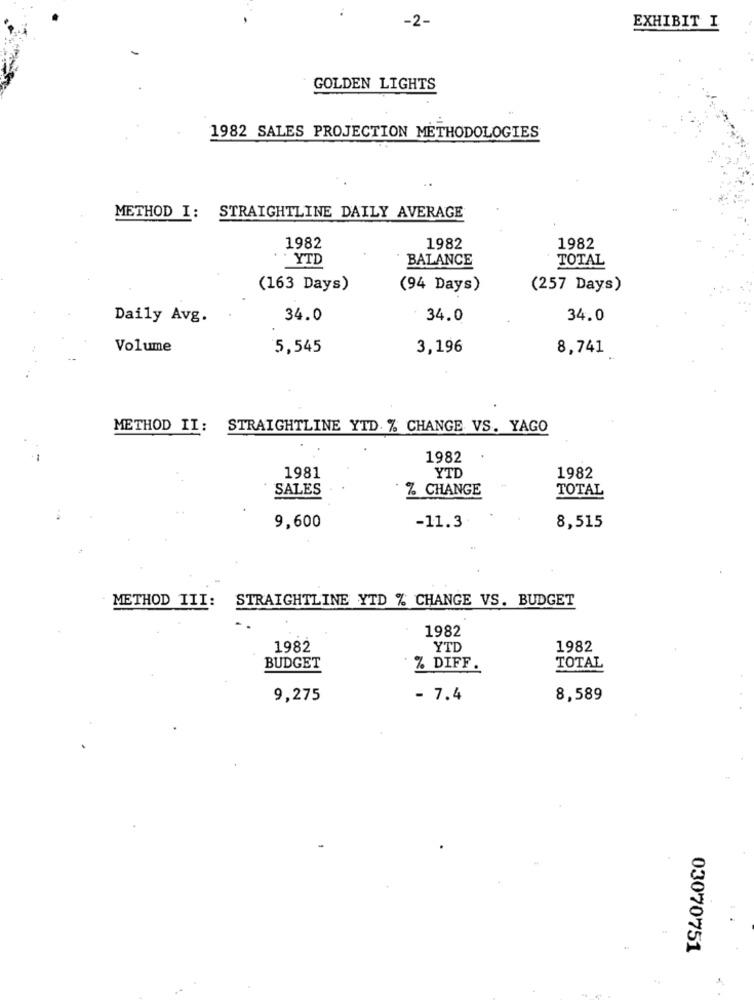
-2-
EXHIBIT I
GOLDEN LIGHTS
1982 SALES PROJECTION METHODOLOGIES
..
METHOD I: STRAIGHTLINE DAILY AVERAGE
1982
1982
1982
YTD
BALANCE
TOTAL
(163 Days)
(94 Days)
(257 Days)
Daily Avg.
34.0
34.0
34.0
Volume
5,545
3,196
8,741
METHOD II: STRAIGHTLINE YTD % CHANGE VS. YAGO
1982
1981
YTD
1982
SALES
% CHANGE
TOTAL
9,600
-11.3
8,515
METHOD III:
STRAIGHTLINE YTD % CHANGE VS. BUDGET
1982
1982
YTD
1982
BUDGET
% DIFF.
TOTAL
9,275
- 7.4
8,589
03070751